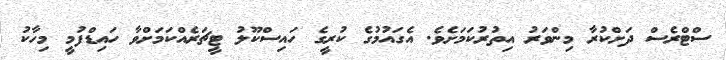
ސްޓްރެސް ދަށްކުރާ މިންވަރު އިތުރުކަމަށެވެ. އެގައުމުގެ ކުރީގެ ހައިސްކޫލު ޓީޗަރެއްކަމަށްވާ ހައިޑްފުމީ މިހާކު